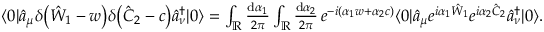
\begin{array} { r } { \langle 0 | \hat { a } _ { \mu } \delta \bigl ( \hat { W } _ { 1 } - w \bigr ) \delta \bigl ( \hat { C } _ { 2 } - c \bigr ) \hat { a } _ { \nu } ^ { \dagger } | 0 \rangle = \int _ { \mathbb { R } } \frac { \mathrm { d } \alpha _ { 1 } } { 2 \pi } \int _ { \mathbb { R } } \frac { \mathrm { d } \alpha _ { 2 } } { 2 \pi } \, e ^ { - i \left( \alpha _ { 1 } w + \alpha _ { 2 } c \right) } \langle 0 | \hat { a } _ { \mu } e ^ { i \alpha _ { 1 } \hat { W } _ { 1 } } e ^ { i \alpha _ { 2 } \hat { C } _ { 2 } } \hat { a } _ { \nu } ^ { \dagger } | 0 \rangle . } \end{array}